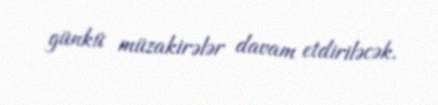
günkü müzakirələr davam etdiriləcək.